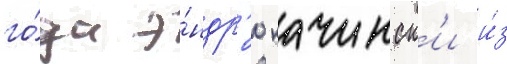
го́да э́ндр'ю качинск'и и́з